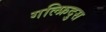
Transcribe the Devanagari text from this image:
गल्फ्रिदुस